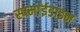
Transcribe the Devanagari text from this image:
स्पर्माईडाइन